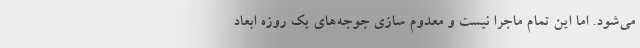
می‌شود. اما این تمام ماجرا نیست و معدوم سازی جوجه‌های یک روزه ابعاد